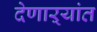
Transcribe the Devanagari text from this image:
देणाऱ्यांत